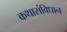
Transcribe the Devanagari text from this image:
कथासंविधान